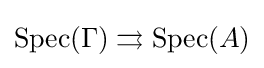
{\text{Spec}}(\Gamma )\rightrightarrows {\text{Spec}}(A)